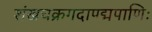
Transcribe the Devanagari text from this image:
शंखचक्रगदापद्मपाणिः